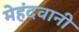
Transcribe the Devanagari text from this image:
मेहंदवानी